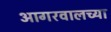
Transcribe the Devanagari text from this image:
आगरवालच्या